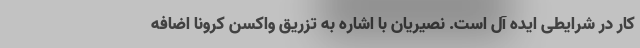
کار در شرایطی ایده آل است. نصیریان با اشاره به تزریق واکسن کرونا اضافه